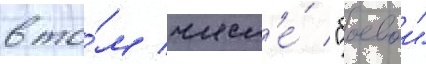
в то́м числ'е́ "боевои"